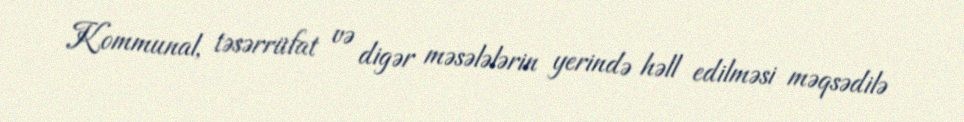
Kommunal, təsərrüfat və digər məsələlərin yerində həll edilməsi məqsədilə